Civil Veterinary Department Bengal reports 1923-33 - 1923-1933
Year: 1923
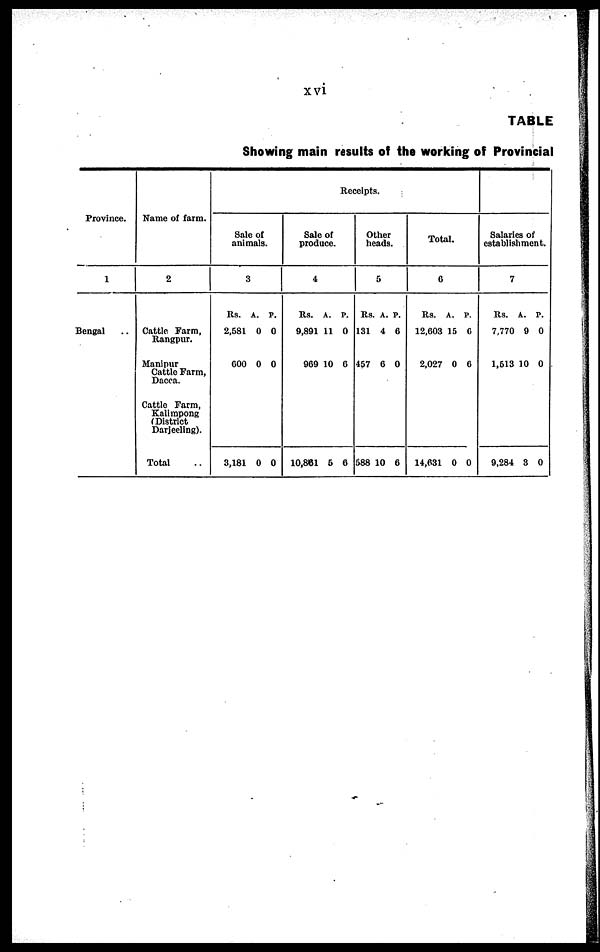
xvi
TABLE
Showing main results of the working of Provincial
Province.
1
Bengal ..
Name of farm.
2
Cattle Farm,
Rangpur.
Manipur
Cattle Farm,
Dacca.
Cattle Farm,
Kalimpong
(District
Darjeeling).
Total ..
Receipts.
Sale of
animals.
3
Rs.
2,581
600
3,181
A.
0
0
0
P.
0
0
0
Sale of
produce.
4
Rs.
9,891
969
10,881
A.
11
10
6
P.
0
6
6
Other
herads.
5
Rs.
131
457
588
A.
4
6
10
P.
6
0
6
Total.
6
Rs.
12,603
2,027
14,631
A.
15
0
0
P.
6
6
0
Salaries of
establishment.
7
Rs.
7,770
1,513
9,284
A.
9
10
3
P.
0
0
0